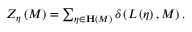
\begin{array} { r } { Z _ { \eta } \left( M \right) = \sum _ { \eta \in \mathbf { H } \left( M \right) } \delta \left( L \left( \eta \right) , M \right) . } \end{array}